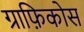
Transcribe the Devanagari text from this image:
ग्राफ़िकोस